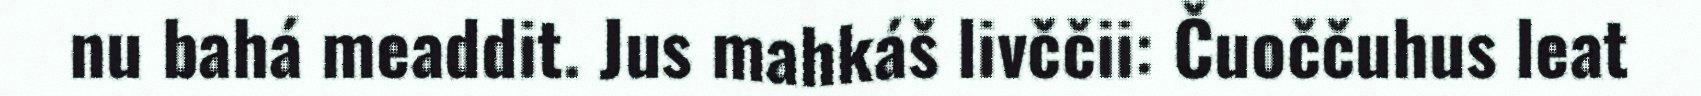
nu bahá meaddit. Jus mahkáš livččii: Čuoččuhus leat